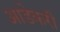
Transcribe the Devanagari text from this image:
आडेकरी